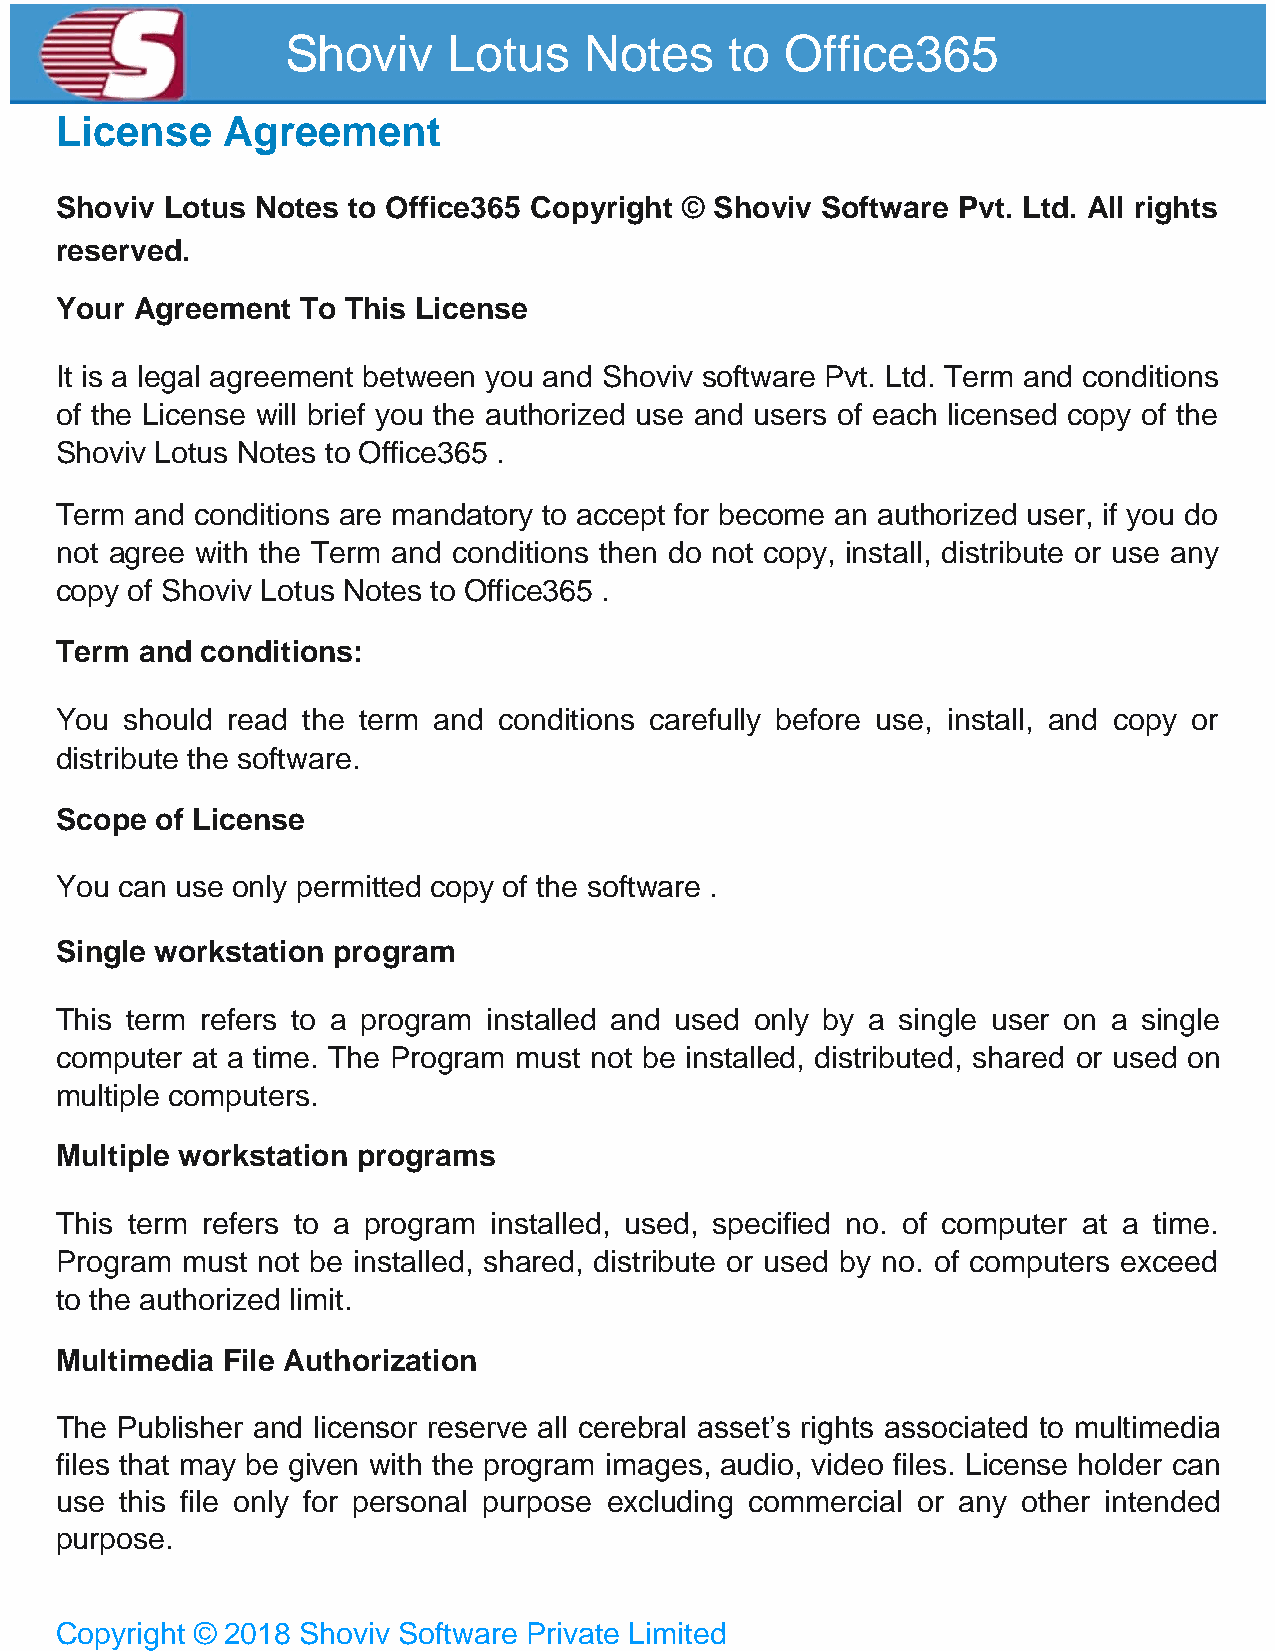
Shoviv     Lotus    Notes    to  Office365
 License    Agreement
 Shoviv Lotus Notes to Office365 Copyright © Shoviv Software Pvt. Ltd. All rights
 reserved.
 Your Agreement  To This License
 It is a legal agreement between you and Shoviv software Pvt. Ltd. Term and conditions
 of the License will brief you the authorized use and users of each licensed copy of the
 Shoviv Lotus Notes to Office365 .
 Term and conditions are mandatory to accept for become an authorized user, if you do
 not agree with the Term and conditions then do not copy, install, distribute or use any
 copy of Shoviv Lotus Notes to Office365 .
 Term and conditions:
 You should read the term and conditions carefully before use, install, and copy or
 distribute the software.
 Scope of License
 You can use only permitted copy of the software .
 Single workstation program
 This term refers to a program installed and used only by a single user on a single
 computer at a time. The Program must not be installed, distributed, shared or used on
 multiple computers.
 Multiple workstation programs
 This term refers to a program installed, used, specified no. of computer at a time.
 Program must not be installed, shared, distribute or used by no. of computers exceed
 to the authorized limit.
 Multimedia File Authorization
 The Publisher and licensor reserve all cerebral asset’s rights associated to multimedia
 files that may be given with the program images, audio, video files. License holder can
 use this file only for personal purpose excluding commercial or any other intended
 purpose.
 Copyright © 2018 Shoviv Software Private Limited